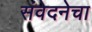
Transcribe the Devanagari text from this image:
संवेदनेचा